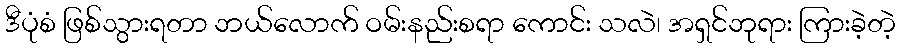
ဒီပုံစံ ဖြစ်သွားရတာ ဘယ်လောက် ဝမ်းနည်းစရာ ကောင်း သလဲ၊ အရှင်ဘုရား ကြားခဲ့တဲ့